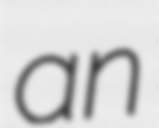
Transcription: an